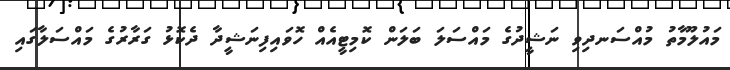
މައުލޫމާތު މުއްސަނދިވި ނަޝީދުގެ މައްސަލަ ބަލަން ކޮމިޓީއެއް ހޮވައިފިނަޝީދާ ދެކޮޅު ގަރާރުގެ މައްސަލާގައި